King Institute of Preventive Medicine Micro-Biological Section reports 1909-11
Year: 1909
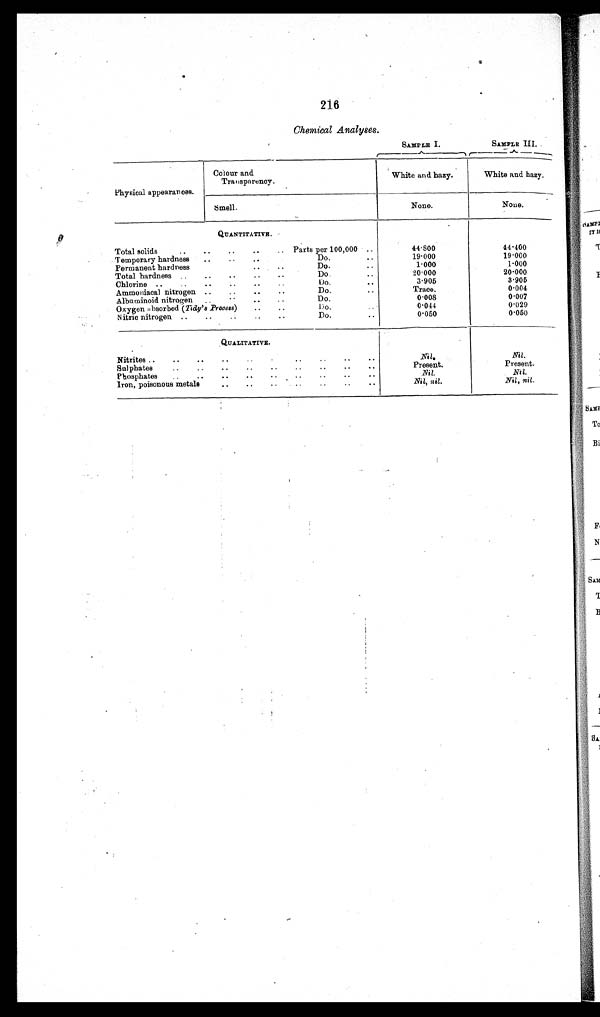
216
Chemical Analyses.
SAMPLE I.
SAMPLE III.
Physical appearances.
Colour and
Transparency.
White and hazy.
White and hazy.
Smell.
None.
None.
QUANTITATIVE.
Total solids..
• •
..
..
per 100,000 ..
44.800
44.400
Temporary hardness
..
..
..
Do...
19.000
19.000
. •
..
Permanent hardness..
..
1.000
1.000
Total hardness ..
..
..
..
..
Do...
20.000
20.000
Chlorine ..
..
..
..
..
Do.
• •
3.905
3.905
Ammoniaca] nitrogen ..
..
..
..
Do.
Trace.
0.004
Albaminoid nitrogen
..
... ..
. .
Do.
0 - 0 0 8
0.007
Oxygen absorbed ( Tidy's Process)
..
..
Do.
0 . 0 4 4
0.029
Nitric nitrogen ..
..
..
..
..
Do... 0.050
0.050
QUALITATIVE.
Nitrites ..
..
..
.
..
.
Nil,
Nil.
Sulphates
..
..
..
..
..
..
..
..
..
Present.
Present.
Phosphates
..
..
..
..
..
..
... .
..
Nil.
Nil.
Iron, poisonous metals, ..
. .
. .
. .
. .
. .
. .
nil.
Nil, nil.